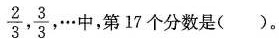
\frac{2}{3}, \frac{3}{3}, …中，第17个分数是( )。